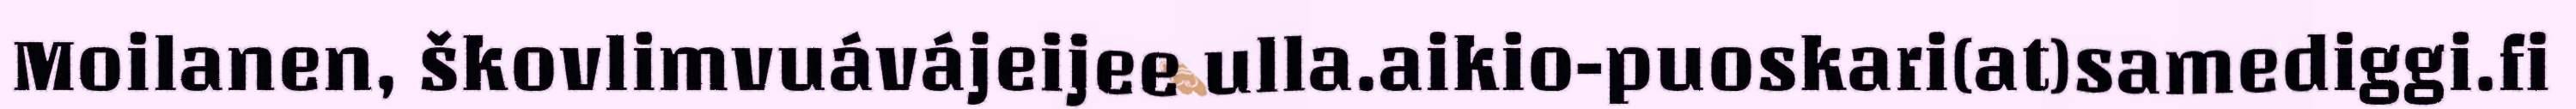
Moilanen, škovlimvuávájeijee ulla.aikio-puoskari(at)samediggi.fi